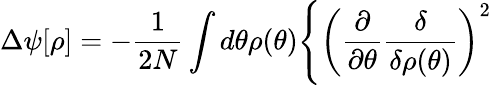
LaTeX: \Delta\psi[\rho]=-\frac{1}{2N}\int d\theta\rho(\theta)\Bigg\{ \left(\frac{\partial}{\partial\theta}\frac{\delta}{\delta\rho(\theta)}\right)^{2}